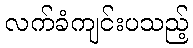
လက်ခံကျင်းပသည့်